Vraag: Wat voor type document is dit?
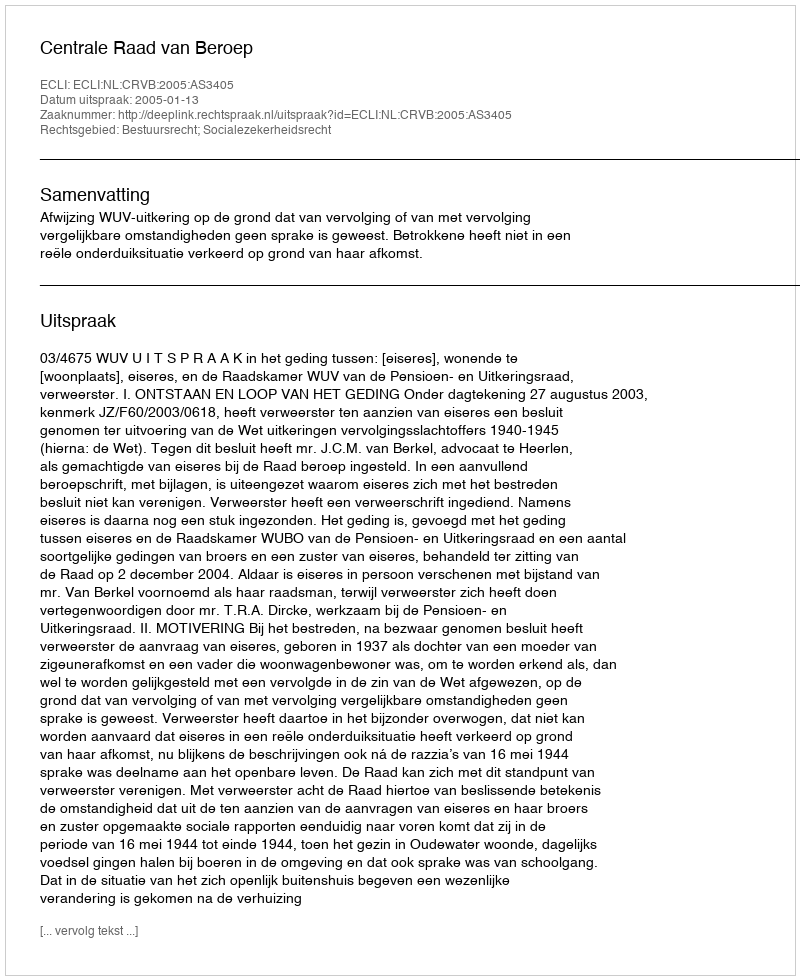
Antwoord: Uitspraak